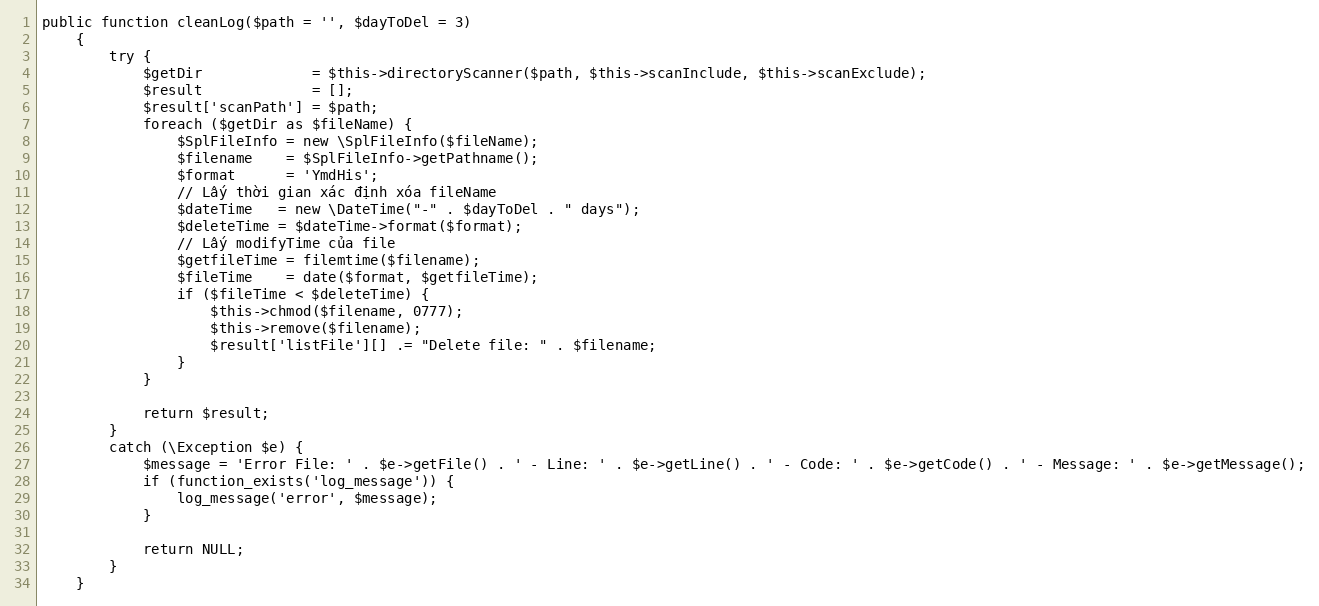
Language: PHP
public function cleanLog($path = '', $dayToDel = 3)
    {
        try {
            $getDir             = $this->directoryScanner($path, $this->scanInclude, $this->scanExclude);
            $result             = [];
            $result['scanPath'] = $path;
            foreach ($getDir as $fileName) {
                $SplFileInfo = new \SplFileInfo($fileName);
                $filename    = $SplFileInfo->getPathname();
                $format      = 'YmdHis';
                // Lấy thời gian xác định xóa fileName
                $dateTime   = new \DateTime("-" . $dayToDel . " days");
                $deleteTime = $dateTime->format($format);
                // Lấy modifyTime của file
                $getfileTime = filemtime($filename);
                $fileTime    = date($format, $getfileTime);
                if ($fileTime < $deleteTime) {
                    $this->chmod($filename, 0777);
                    $this->remove($filename);
                    $result['listFile'][] .= "Delete file: " . $filename;
                }
            }

            return $result;
        }
        catch (\Exception $e) {
            $message = 'Error File: ' . $e->getFile() . ' - Line: ' . $e->getLine() . ' - Code: ' . $e->getCode() . ' - Message: ' . $e->getMessage();
            if (function_exists('log_message')) {
                log_message('error', $message);
            }

            return NULL;
        }
    }